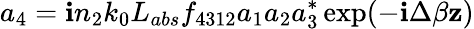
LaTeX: a_{4}=\mathbf{i}n_{2}k_{0}L_{abs}f_{4312}a_{1}a_{2}a_{3}^{*}\exp(-\mathbf{i}\Delta\beta\mathbf{z})